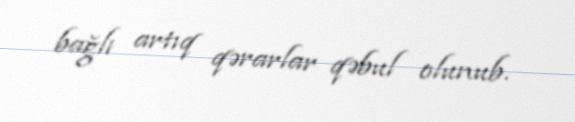
bağlı artıq qərarlar qəbul olunub.